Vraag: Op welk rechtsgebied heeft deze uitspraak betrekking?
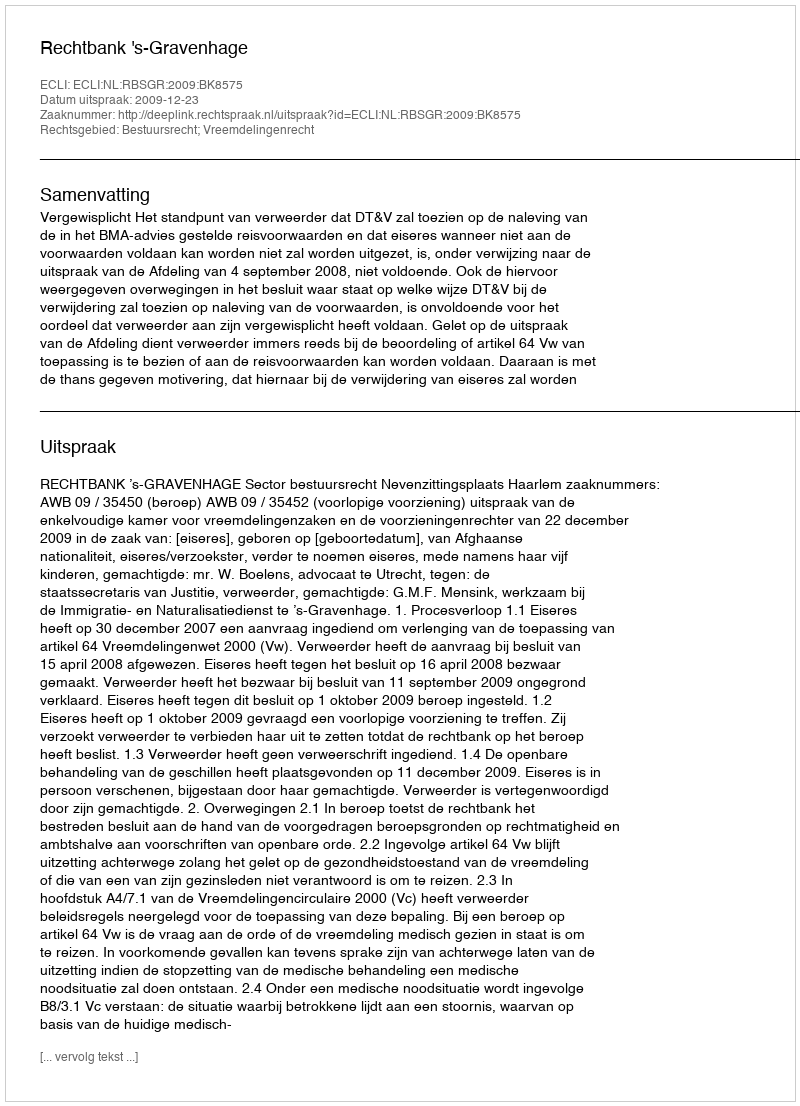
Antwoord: Bestuursrecht; Vreemdelingenrecht